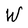
Character: W